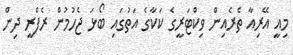
މިއީ އޭރިއާ ތެރެއިން ވިކްޓަރީގެ ކަކާގެ އަތުގައި ބޯޅަ ޖެހުމުން ރެފްރީ ދިން